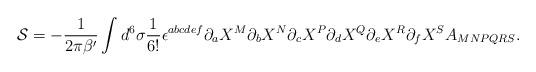
LaTeX: \begin{align*}{\cal S} = - {1 \over 2 \pi \beta'} \int d^6\sigma {1 \over 6!}\epsilon^{abcdef} \partial_a X^M \partial_b X^N \partial_c X^P \partial_dX^Q \partial_e X^R \partial_f X^S A_{MNPQRS}. \end{align*}